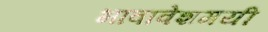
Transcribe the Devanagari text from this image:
भावावेशमयी